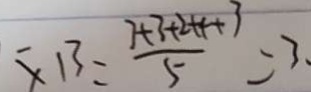
x 1 3 = \frac { 7 + 3 + 2 + 4 + 3 } { 5 } = 3 .